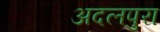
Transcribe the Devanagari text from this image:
अदलपुरा